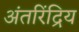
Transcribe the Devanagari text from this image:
अंतरिंद्रिय